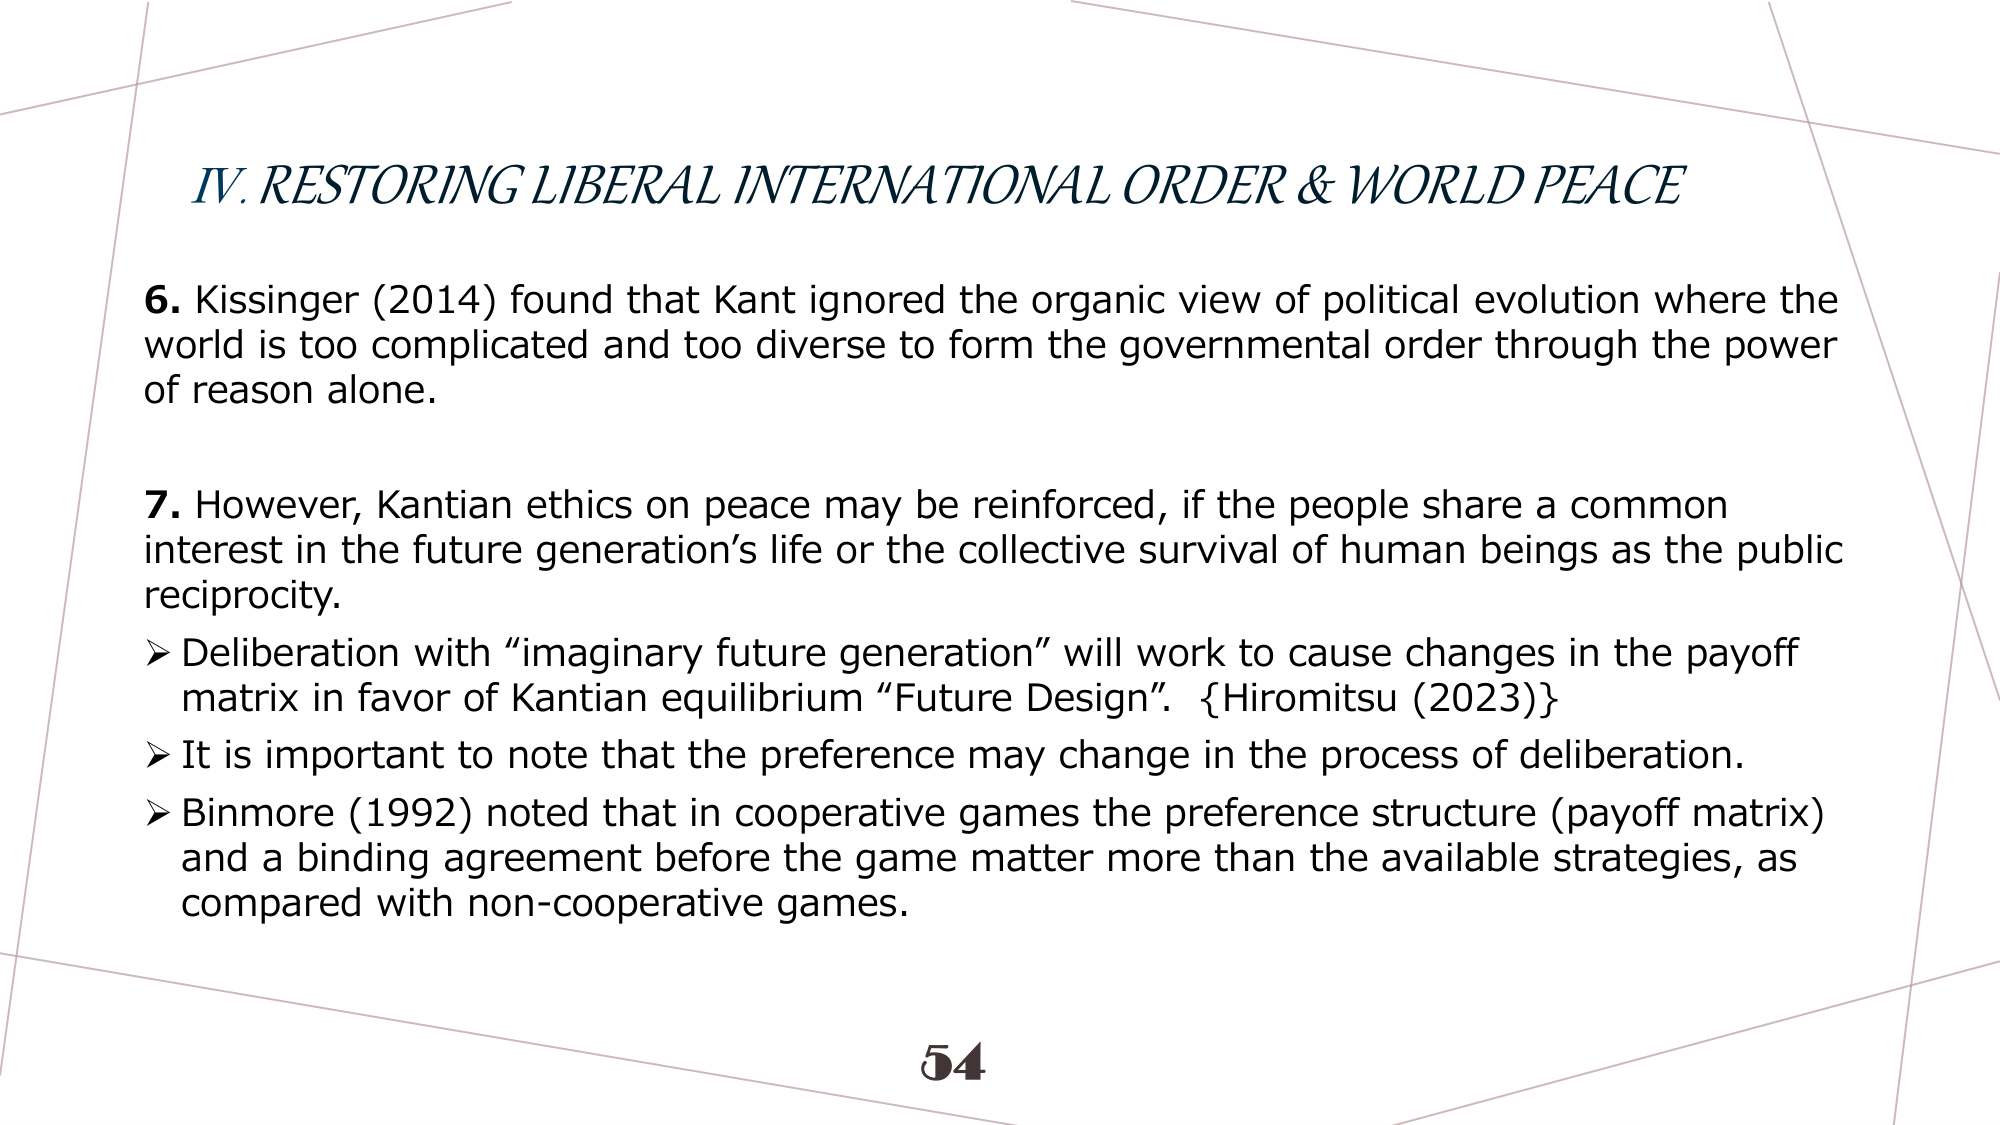
IV. RESTORING LIBERAL INTERNATIONAL ORDER & WORLD PEACE

6. Kissinger (2014) found that Kant ignored the organic view of political evolution where the world is too complicated and too diverse to form the governmental order through the power of reason alone.

7. However, Kantian ethics on peace may be reinforced, if the people share a common interest in the future generation’s life or the collective survival of human beings as the public reciprocity.
➤ Deliberation with “imaginary future generation” will work to cause changes in the payoff matrix in favor of Kantian equilibrium “Future Design”. {Hiromitsu (2023)}
➤ It is important to note that the preference may change in the process of deliberation.
➤ Binmore (1992) noted that in cooperative games the preference structure (payoff matrix) and a binding agreement before the game matter more than the available strategies, as compared with non-cooperative games.

54